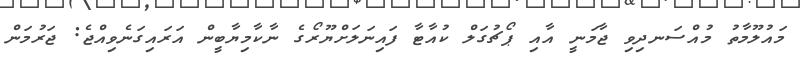
މައުލޫމާތު މުއްސަނދިވި ޖާމަނީ އާއި ޕޯޗުގަލް ކުއާޓާ ފައިނަލަށްޔޫރޯގެ ނާކާމިޔާބީން އަރައިގަނެވިއްޖެ: ޖަރުމަން